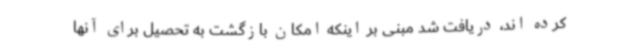
کرده اند، دریافت شد مبنی بر اینکه امکان بازگشت به تحصیل برای آنها